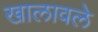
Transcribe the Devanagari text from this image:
खालावले